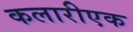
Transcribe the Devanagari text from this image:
कलारीएक